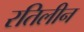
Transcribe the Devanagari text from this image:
रतिलीन